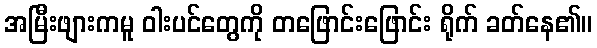
အမြီးဖျားကမူ ဝါးပင်တွေကို တဖြောင်းဖြောင်း ရိုက် ခတ်နေ၏။